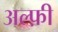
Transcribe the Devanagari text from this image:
अल्फ़ी